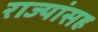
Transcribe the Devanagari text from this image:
राज्यांसह